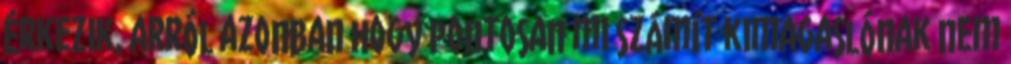
érkezik, arról azonban hogy pontosan mi számít kimagaslónak nem